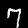
Label: 7